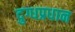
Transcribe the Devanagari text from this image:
दुग्धप्रधान